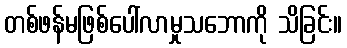
တစ်ဖန်မဖြစ်ပေါ်လာမှုသဘောကို သိခြင်း။